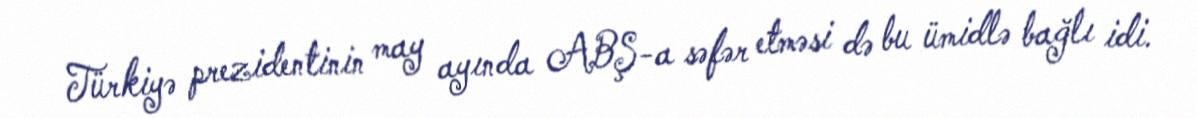
Türkiyə prezidentinin may ayında ABŞ-a səfər etməsi də bu ümidlə bağlı idi.